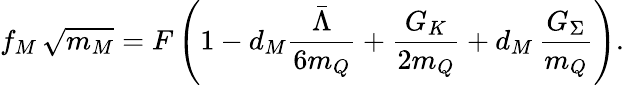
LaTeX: f_{M}\, \sqrt{m_{M}}=F\left(1-d_{M}\frac{\bar{\Lambda}}{6m_{Q}}+\frac{G_{K}}{2m_{Q}}+d_{M}\, \frac{G_{\Sigma}}{m_{Q}}\right).